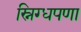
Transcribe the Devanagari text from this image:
स्निग्धपणा